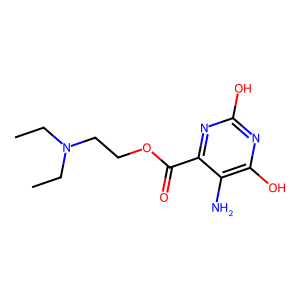
SMILES: CCN(CC)CCOC(=O)c1nc(O)nc(O)c1N
Inhibits HIV replication: No